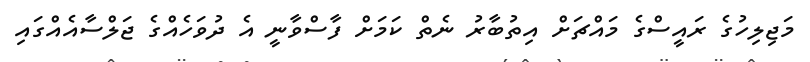
މަޖިލިހުގެ ރައީސްގެ މައްޗަށް އިތުބާރު ނެތް ކަމަށް ފާސްވާނީ އެ ދުވަހެއްގެ ޖަލްސާއެއްގައި